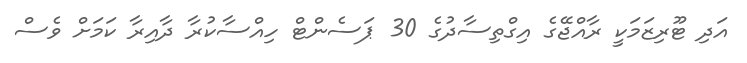
އަދި ޓޫރިޒަމަކީ ރާއްޖޭގެ އިގްތިސާދުގެ 30 ޕަސެންޓް ހިއްސާކުރާ ދާއިރާ ކަމަށް ވެސް